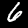
Label: 6